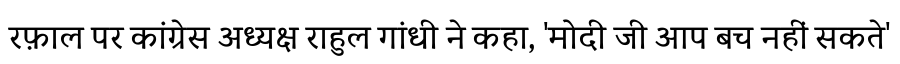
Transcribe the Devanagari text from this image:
रफ़ाल पर कांग्रेस अध्यक्ष राहुल गांधी ने कहा, 'मोदी जी आप बच नहीं सकते'